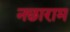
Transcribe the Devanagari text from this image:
नछाराम